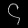
Digit: ၄